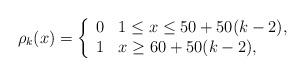
LaTeX: \begin{align*}\rho_{k}(x)=\left\{\begin{array}{ll}0 & 1 \leq x \leq 50+50(k-2), \\1 & x \geq 60+50(k-2),\end{array}\right.\end{align*}